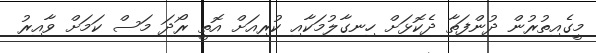
މީގެއިތުރުން ދުންފަތާ ދެކޮޅަށް ހިނގާލުމަކާއި ކުރިއަށް އޮތީ ރޯދަ މަސް ކަމަށް ވާއިރު